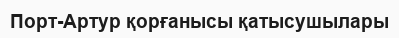
Порт-Артур қорғанысы қатысушылары